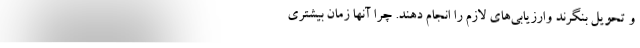
و تحویل بنگرند وارزیابی‌های لازم را انجام دهند. چرا آنها زمان بیشتری